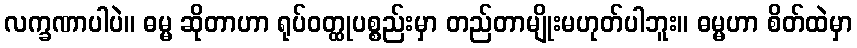
လက္ခဏာပါပဲ။ ဓမ္မ ဆိုတာဟာ ရုပ်ဝတ္ထုပစ္စည်းမှာ တည်တာမျိုးမဟုတ်ပါဘူး။ ဓမ္မဟာ စိတ်ထဲမှာ